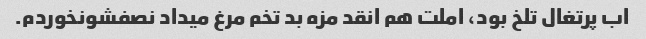
اب پرتغال تلخ بود، املت هم انقد مزه بد تخم مرغ میداد نصفشو‌نخوردم.